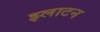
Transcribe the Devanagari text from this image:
झ्लाटन